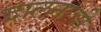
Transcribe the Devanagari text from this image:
दालनाची